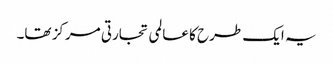
یہ ایک طرح کا عالمی تجارتی مرکز تھا۔